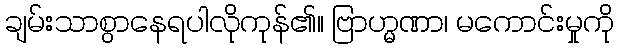
ချမ်းသာစွာနေရပါလိုကုန်၏။ ဗြာဟ္မဏာ၊ မကောင်းမှုကို